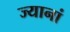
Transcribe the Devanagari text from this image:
ज्यानां